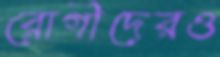
রোগীদেরও